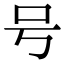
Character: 号